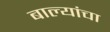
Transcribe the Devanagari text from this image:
बाल्यांचा